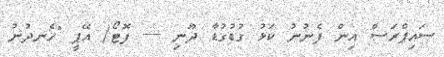
ސައިޕްރަސް އިން ފެނުނު ކަޅު ގުޑުގުޑާ ދޫނި ---- ފޮޓޯ/ އޭޕީ "ހެނދުނު